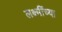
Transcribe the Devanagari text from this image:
लक्ष्मींच्या